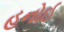
હનોઈ